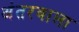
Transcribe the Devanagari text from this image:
अंतरवाला